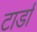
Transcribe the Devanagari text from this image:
टार्डा